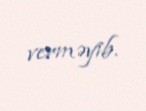
verməyib.